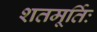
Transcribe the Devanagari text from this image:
शतमूर्तिः